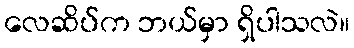
လေဆိပ်က ဘယ်မှာ ရှိပါသလဲ။